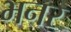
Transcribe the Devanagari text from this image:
भनर